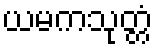
ယမကသုတ္တံ